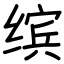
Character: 缤